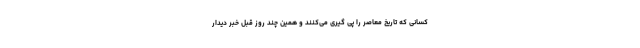
کسانی که تاریخ معاصر را پی گیری می‌کنند و همین چند روز قبل خبر دیدار